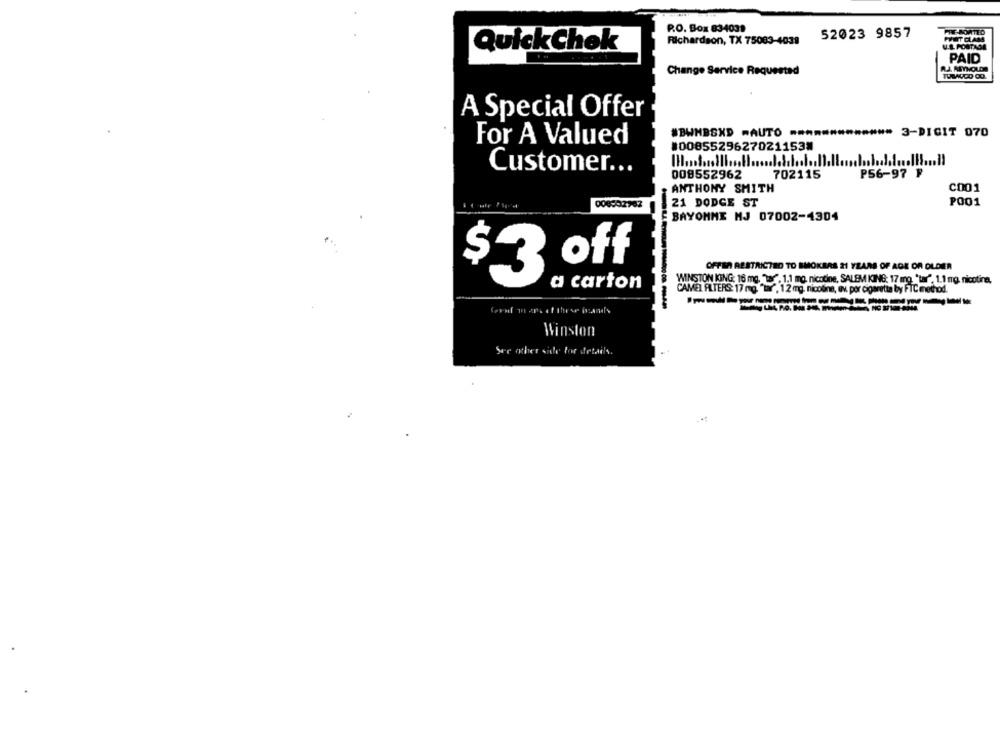
P.O. Box 834031
52023 9857
PPET CLAM
Richardson, TX 75083-4038
U.B. POSTAGE
Quick Chek
PAID
Change Service Requested
A Special Offer
#BWHBSXD .AUTO
3-DIGIT 070
For A Valued
#00855296270211538
Customer ...
008552962
702115
P56-97 ₽
ANTHONY SMITH
C001
21 DODGE ST
P001
BAYONNE MJ 07002-1304
OFFER RESTRICTED TO SMOKEAS 21 YEARS OF AGE OR OLDER
3.of
WINSTON KING: 16 mg. Tar", 1.1 mg. nicotine, SALEM KING: 17 mg, "tar", 1.1 mg nicotina,
a carton
CAMEL ALTERS: 17 mg. "tr", 1.2 mg, nicotina, av. por cigaretta by FTC method.
Winston
See other side for details.